system: You are a helpful assistant.
user:
Analyze the provided spectrum to determine if it is a **"Cataclysmic Variables (CV)"**.

- **Key Indicators for CV (Check for either state):**
    - **State 1: Quiescent / Low-State (Emission-Dominated)**
        - **(Primary):** Strong and *very broad* Hydrogen Balmer emission lines (e.g., $H\alpha$ at 6563 Å, $H\beta$ at 4861 Å). The 'broadness' (high velocity dispersion, often FWHM > 1000 km/s) is the key diagnostic, indicating a high-velocity accretion disk.
        - **(Secondary):** Broad neutral Helium (He I) emission lines (e.g., 5876 Å, 6678 Å).
        - **(Key Confirmation):** Presence of high-excitation *ionized* Helium (He II) emission at 4686 Å. This is a strong indicator of accretion onto a white dwarf.
        - **(Line Profile):** Emission lines may exhibit a 'double-peaked' profile, which is a classic signature of a rotating accretion disk viewed at high inclination.

    - **State 2: Outburst / High-State (Absorption-Dominated)**
        - **(Primary):** Spectrum is dominated by a bright, blue continuum (looks like a hot star).
        - **(Secondary):** The emission lines from State 1 are weak, absent, or 'filled in', and are replaced by broad, shallow *absorption* lines (primarily Balmer and He I).
        - **(Morphology):** The overall spectrum mimics a hot B/A-type star. The crucial difference is that the absorption lines are significantly broader, shallower, and more 'washed-out' (or 'smeared') than the sharp lines of a normal stellar photosphere, due to high rotational speeds and pressure broadening in the disk.

Think first, call **spectral_visualization_tool** if needed to examine features in detail, then provide your final answer. Your response must adhere to the following strict rules:
1.  **Overall Structure:** Your response must follow the format `<think>...</think> <tool_call>...</tool_call> (if a tool is used) <answer>...</answer>`.
2.  **Tool Usage Constraint:** You may only make **one** tool call per turn.
3.  **Final Answer Format:** In the `<answer>` tag, your conclusion must be inside a `\boxed{}` command (e.g., `\boxed{YES}`), followed by your justification.

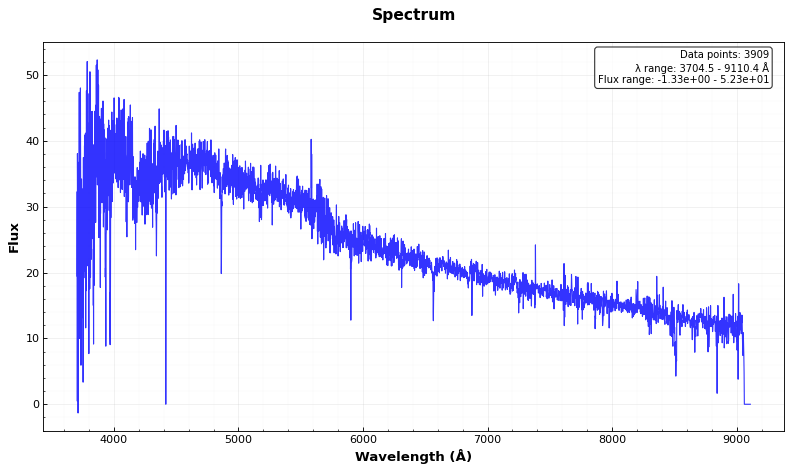
Answer: NO